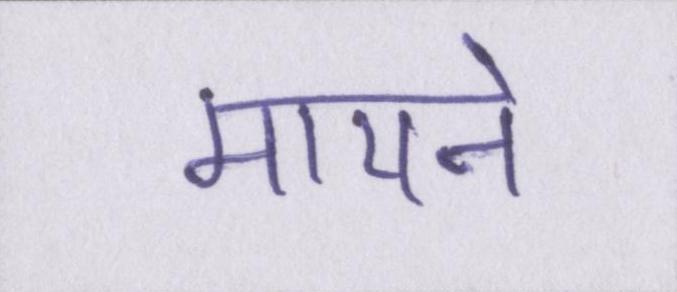
मायने